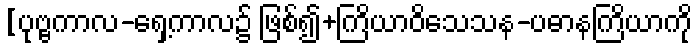
[ပုဗ္ဗကာလ-ရှေ့ကာလ၌ ဖြစ်၍+ကြိယာဝိသေသန-ပဓာနကြိယာကို